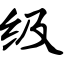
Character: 级